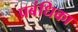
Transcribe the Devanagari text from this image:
प्रबंधिका